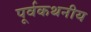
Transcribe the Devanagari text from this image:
पूर्वकथनीय